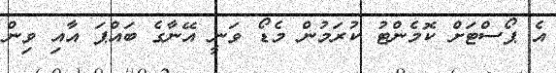
އެ ޕޯސްޓަށް ކޮމެންޓު ކުރަމުން މެޑޯ ވަނީ އޭނާގެ ބައްޕަ އާއި ވިން